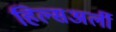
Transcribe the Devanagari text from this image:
हिल्सअर्ली